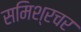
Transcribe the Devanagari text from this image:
समिश्रचर